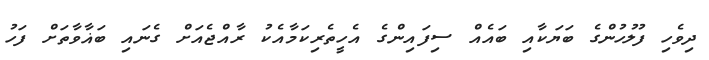
ދިވެހި ފުލުހުންގެ ބަޔަކާއި ބައެއް ސިފައިންގެ އެހީތެރިކަމާއެކު ރާއްޖެއަށް ގެނައި ބަޣާވާތަށް ފަހު